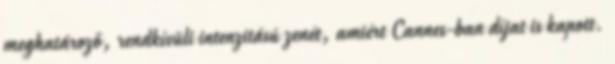
meghatároző, rendkívüli intenzitású zenét, amiért Cannes-ban díjat is kapott.